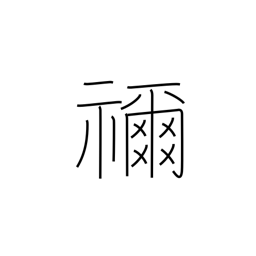
Meaning: ancestral shrine